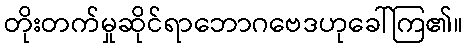
တိုးတက်မှုဆိုင်ရာဘောဂဗေဒဟုခေါ်ကြ၏။